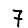
Digit: 7